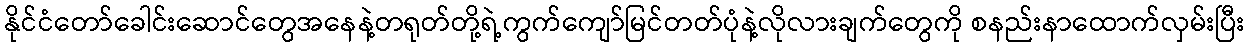
နိုင်ငံတော်ခေါင်းဆောင်တွေအနေနဲ့တရုတ်တို့ရဲ့ကွက်ကျော်မြင်တတ်ပုံနဲ့လိုလားချက်တွေကို စနည်းနာထောက်လှမ်းပြီး